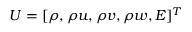
U = [ \rho , \rho u , \rho v , \rho w , E ] ^ { T }